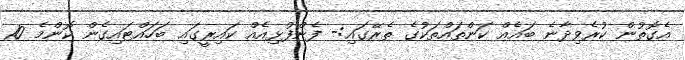
އެގޮތުން ކުރެވިދާނެ ބައެއް ކަންތައްތަކުގެ ތެރޭގައި:- ފެންފުޅިއެއް ކައިރީގައި ބަހައްޓައިގެން ކޮންމެ 10